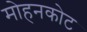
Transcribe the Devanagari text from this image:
मोहनकोट